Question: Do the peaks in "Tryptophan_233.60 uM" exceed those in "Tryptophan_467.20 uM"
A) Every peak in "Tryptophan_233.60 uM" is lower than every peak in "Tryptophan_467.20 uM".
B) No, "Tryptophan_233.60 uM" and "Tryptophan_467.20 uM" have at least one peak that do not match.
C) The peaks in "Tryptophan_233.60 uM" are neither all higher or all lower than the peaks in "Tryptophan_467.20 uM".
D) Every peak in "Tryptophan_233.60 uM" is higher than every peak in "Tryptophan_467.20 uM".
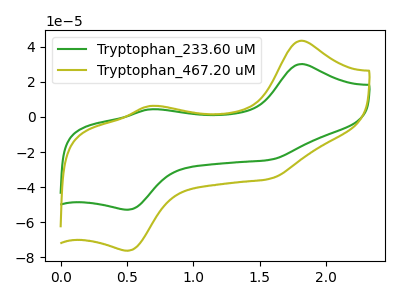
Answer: <think>The green curve "Tryptophan_233.60 uM" has anodic peaks at (1.80V, 30.05uA) (0.65V, 4.30uA) and cathodic peaks at (1.55V, -24.45uA) (0.50V, -52.85uA). The olive curve "Tryptophan_467.20 uM" has anodic peaks at (1.80V, 43.30uA) (0.65V, 6.20uA) and cathodic peaks at (1.55V, -35.30uA) (0.50V, -76.20uA).</think>
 <answer>A) Every peak in "Tryptophan_233.60 uM" is lower than every peak in "Tryptophan_467.20 uM".</answer>
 <eval>A</eval>